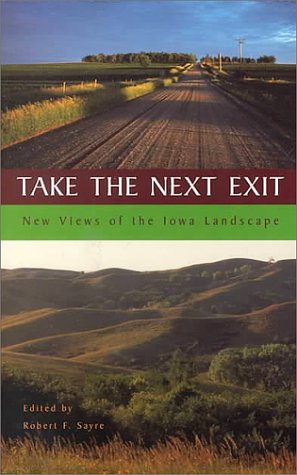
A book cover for Take the Next Exit-00; Travel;